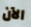
الآن